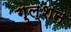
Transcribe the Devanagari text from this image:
गुल्शन